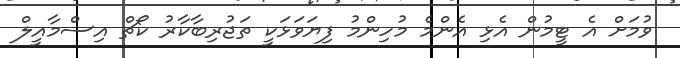
ވުމަށް އެ ޓީމުން އެޅި އެންމެ މުހިންމު ފިޔަވަޅަކީ ތަޖުރިބާކާރު ކޯޗް އިސްމާއީލް